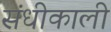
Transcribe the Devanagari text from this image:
संधीकाली